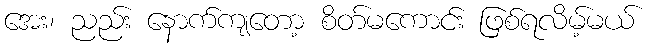
အေး၊ ညည်း နောက်ကျတော့ စိတ်မကောင်း ဖြစ်ရလိမ့်မယ်